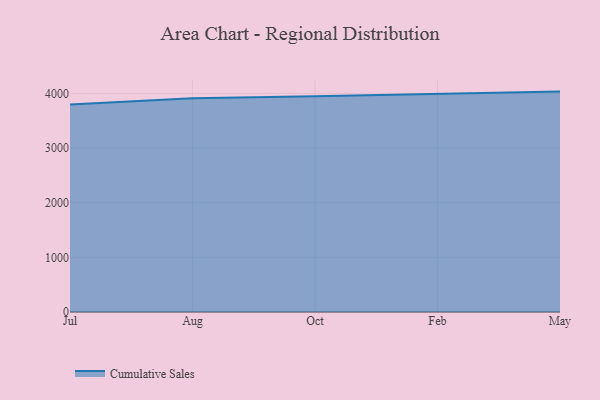
{"axis": {"x": "Month", "y": "Revenue (USD Million)"}, "legend": ["Cumulative Sales"], "data": [{"x": "Jul", "y": 3796.1, "type": "Cumulative Sales"}, {"x": "Aug", "y": 3910.4, "type": "Cumulative Sales"}, {"x": "Oct", "y": 3948.5, "type": "Cumulative Sales"}, {"x": "Feb", "y": 3986.5, "type": "Cumulative Sales"}, {"x": "May", "y": 4032.2, "type": "Cumulative Sales"}]}